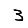
Digit: 3